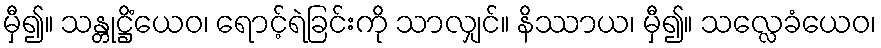
မှီ၍။ သန္တုဋ္ဌိံယေဝ၊ ရောင့်ရဲခြင်းကို သာလျှင်။ နိဿာယ၊ မှီ၍။ သလ္လေခံယေဝ၊